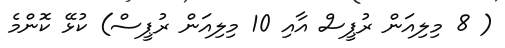
( 8 މިލިއަން ރުޕީސް އާއި 10 މިލިއަން ރުޕީސް) ކުޅޭ ކޮންމެ